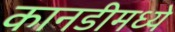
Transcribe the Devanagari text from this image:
कानडीमध्ये